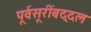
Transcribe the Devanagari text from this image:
पूर्वसूरींबद्दल